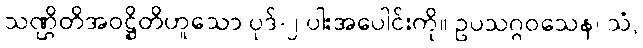
သဏ္ဌိတိအဝဋ္ဌိတိဟူသော ပုဒ်-၂-ပါးအပေါင်းကို။ ဥပသဂ္ဂဝသေန၊ သံ,